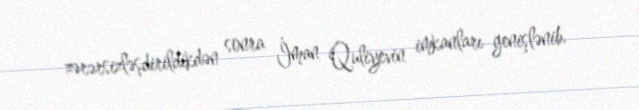
zərərsizləşdirildikdən sonra İman Quliyevin imkanları genişlənib.